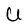
Character: U